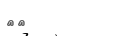
١٢